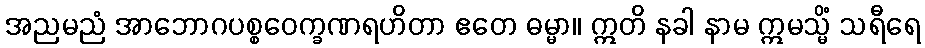
အညမညံ အာဘောဂပစ္စဝေက္ခဏရဟိတာ ဧတေ ဓမ္မာ။ ဣတိ နခါ နာမ ဣမသ္မိံ သရီရေ